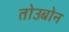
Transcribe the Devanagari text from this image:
तोउबोन